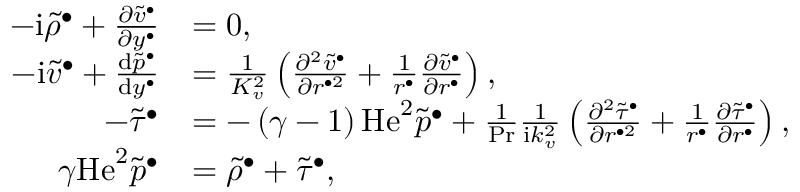
\begin{array} { r l } { - \mathrm { i } \widetilde { \rho } ^ { \bullet } + \frac { \partial \widetilde { v } ^ { \bullet } } { \partial y ^ { \bullet } } } & { = 0 , } \\ { - \mathrm { i } \widetilde { v } ^ { \bullet } + \frac { \mathrm { d } \widetilde { p } ^ { \bullet } } { \mathrm { d } y ^ { \bullet } } } & { = \frac { 1 } { K _ { v } ^ { 2 } } \left( \frac { \partial ^ { 2 } \widetilde { v } ^ { \bullet } } { \partial r ^ { \bullet 2 } } + \frac { 1 } { r ^ { \bullet } } \frac { \partial \widetilde { v } ^ { \bullet } } { \partial r ^ { \bullet } } \right) , } \\ { - \widetilde { \tau } ^ { \bullet } } & { = - \left( \gamma - 1 \right) \mathrm { H e } ^ { 2 } \widetilde { p } ^ { \bullet } + \frac { 1 } { \mathrm { P r } } \frac { 1 } { \mathrm { i } k _ { v } ^ { 2 } } \left( \frac { \partial ^ { 2 } \widetilde { \tau } ^ { \bullet } } { \partial r ^ { \bullet 2 } } + \frac { 1 } { r ^ { \bullet } } \frac { \partial \widetilde { \tau } ^ { \bullet } } { \partial r ^ { \bullet } } \right) , } \\ { \gamma \mathrm { H e } ^ { 2 } \widetilde { p } ^ { \bullet } } & { = \widetilde { \rho } ^ { \bullet } + \widetilde { \tau } ^ { \bullet } , } \end{array}